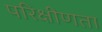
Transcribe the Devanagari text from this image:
परिक्षीणता